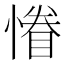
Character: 慻